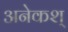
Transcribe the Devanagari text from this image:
अनेकश्